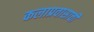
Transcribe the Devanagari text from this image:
कलाप्रवासाची